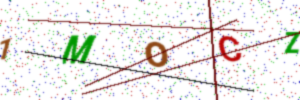
Text: 1MOCZ